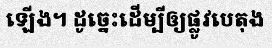
ឡើង។ ដូច្នេះដើម្បីឲ្យផ្លូវបេតុង